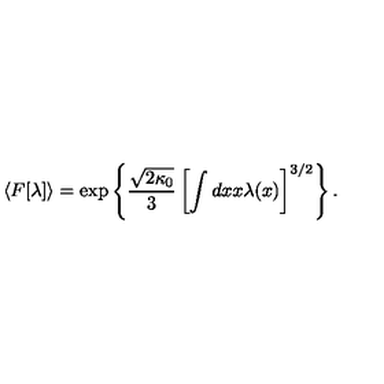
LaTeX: \langle F [ \lambda ] \rangle = \exp \left\{ \frac { \sqrt { 2 \kappa _ { 0 } } } { 3 } \left[ \int d x x \lambda ( x ) \right] ^ { 3 / 2 } \right\} .